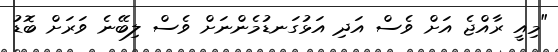
"މިއީ ރާއްޖެ އަށް ވެސް އަދި އަޅުގަނޑުމެންނަށް ވެސް ލިބޭނެ ވަރަށް ބޮޑު